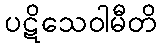
ပဋိသေဝါမီတိ